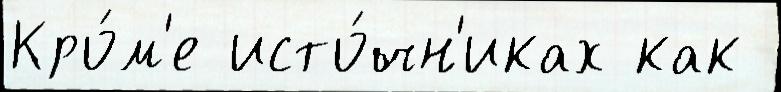
Кро́м'е исто́чн'иках как